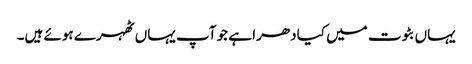
یہاں بٹوت میں کیا دھرا ہے جو آپ یہاں ٹھہرے ہوئے ہیں۔